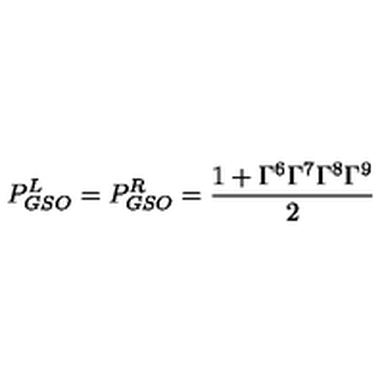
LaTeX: P _ { G S O } ^ { L } = P _ { G S O } ^ { R } = \frac { 1 + \Gamma ^ { 6 } \Gamma ^ { 7 } \Gamma ^ { 8 } \Gamma ^ { 9 } } { 2 }